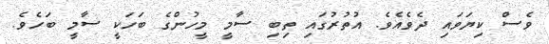
ވެސް ކިޔަވައި ދެވެއެވެ. އުތުރުގައި ތިބި ސާމީ މީހުންގެ ބަހަކީ ސާމީ ބަހެވެ.